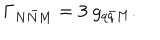
LaTeX: \Gamma _ { N \bar { N } M } = 3 ~ g _ { q \bar { q } M } .